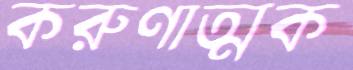
করুণাত্মক